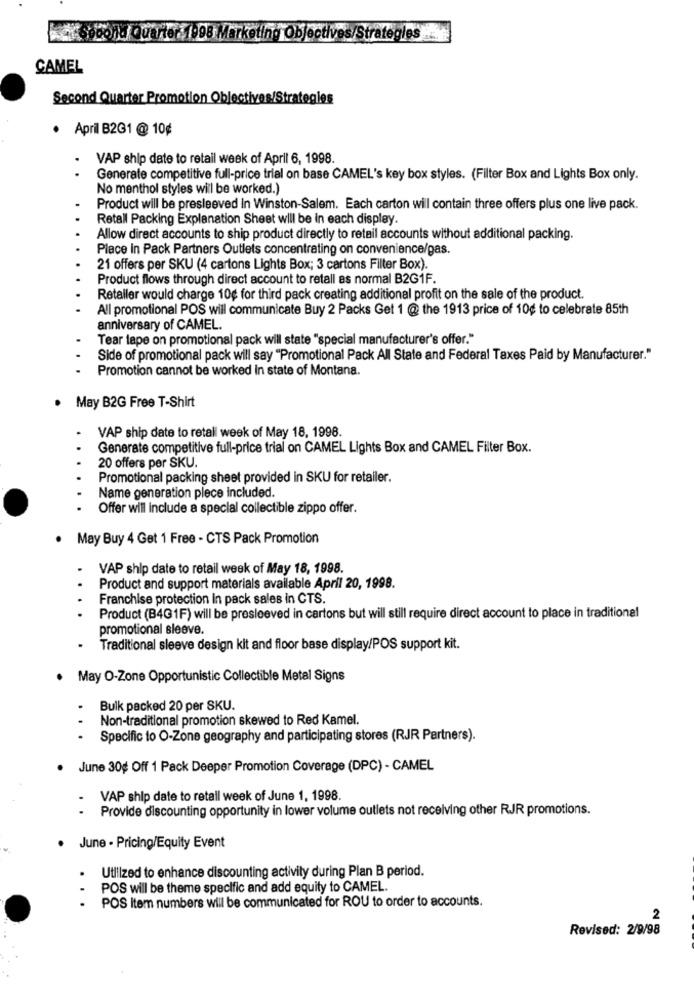
a Second Quarter: 1998
Objectives/Strategies
CAMEL
Second Quarter Promotion Objectives/Strategies
. April B2G1 @ 10¢
VAP ship date to retail week of April 6, 1998.
Generate competitive full-price trial on base CAMEL's key box styles. (Filter Box and Lights Box only.
No menthol styles will be worked.)
Product will be presleeved In Winston-Salem. Each carton will contain three offers plus one live pack.
Retall Packing Explanation Sheet will be in each display.
Allow direct accounts to ship product directly to retail accounts without additional packing.
Place in Pack Partners Outlets concentrating on convenience/gas.
21 offers per SKU (4 cartons Lights Box; 3 cartons Filter Box).
Product flows through direct account to retall as normal B2G1F.
Retaller would charge 10g for third pack creating additional profit on the sale of the product.
All promotional POS will communicate Buy 2 Packs Get 1 @ the 1913 price of 10¢ to celebrate 85th
anniversary of CAMEL.
Tear tape on promotional pack will state "special manufacturer's offer."
Side of promotional pack will say "Promotional Pack All State and Federal Taxes Paid by Manufacturer."
Promotion cannot be worked In state of Montana.
.
May B2G Free T-Shirt
VAP ship date to retali week of May 18, 1998.
Generate competitive full-price trial on CAMEL Lights Box and CAMEL Filter Box.
20 offers per SKU.
Promotional packing sheet provided in SKU for retailer.
Name generation plece included.
Offer will include a special collectible zippo offer.
. May Buy 4 Get 1 Free - CTS Pack Promotion
.
VAP ship date to retail week of May 18, 1998.
Product and support materials available April 20, 1998.
Franchise protection in pack sales in CTS.
Product (B4G1F) will be presleeved in cartons but will still require direct account to place in traditional
promotional sleeve.
Traditional sleeve design kit and floor base display/POS support kit.
. May O-Zone Opportunistic Collectible Metal Signs
Bulk packed 20 per SKU.
Non-traditional promotion skewed to Red Kamel.
..
Specific to O-Zone geography and participating stores (RJR Partners).
June 30g Off 1 Pack Deeper Promotion Coverage (DPC) - CAMEL
VAP ship date to retail week of June 1, 1998.
Provide discounting opportunity in lower volume outlets not receiving other RJR promotions.
June - Pricing/Equity Event
Utilized to enhance discounting activity during Plan B period.
POS will be theme specific and add equity to CAMEL.
POS Item numbers will be communicated for ROU to order to accounts.
...
2
Revised: 2/9/98